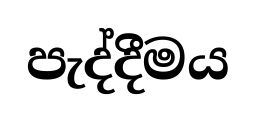
පැද්දීමය